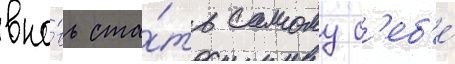
вно́вь ста́ть самому с'еб'е́